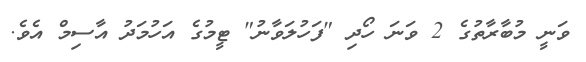
ވަނީ މުބާރާތުގެ 2 ވަނަ ހޯދި "ފަހުލަވާނު" ޓީމުގެ އަހުމަދު އާސިމް އެވެ.